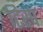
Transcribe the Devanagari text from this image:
टिस्प